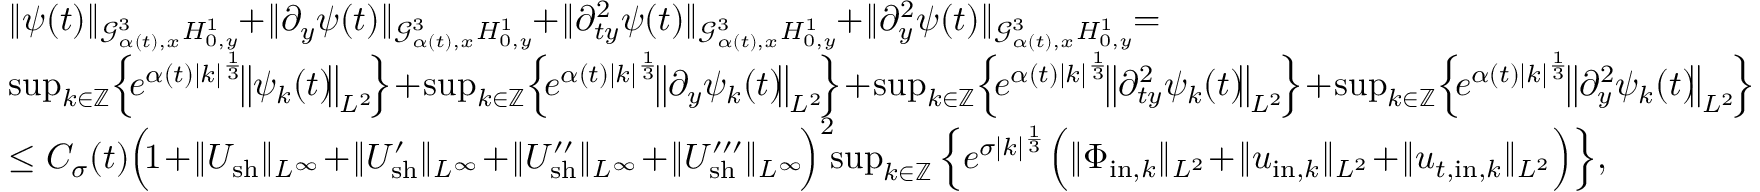
\begin{array} { r l } & { \| \psi ( t ) \| _ { \mathcal { G } _ { \alpha ( t ) , x } ^ { 3 } H _ { 0 , y } ^ { 1 } } \! \! + \! \| \partial _ { y } \psi ( t ) \| _ { \mathcal { G } _ { \alpha ( t ) , x } ^ { 3 } H _ { 0 , y } ^ { 1 } } \! \! + \! \| \partial _ { t y } ^ { 2 } \psi ( t ) \| _ { \mathcal { G } _ { \alpha ( t ) , x } ^ { 3 } H _ { 0 , y } ^ { 1 } } \! \! + \! \| \partial _ { y } ^ { 2 } \psi ( t ) \| _ { \mathcal { G } _ { \alpha ( t ) , x } ^ { 3 } H _ { 0 , y } ^ { 1 } } \! \! = } \\ & { \operatorname* { s u p } _ { k \in \mathbb Z } \! \Big \{ \! e ^ { \alpha ( t ) | k | ^ { \frac { 1 } { 3 } } } \! \big \| \psi _ { k } ( t ) \! \big \| _ { L ^ { 2 } } \! \Big \} \! + \! \operatorname* { s u p } _ { k \in \mathbb Z } \! \Big \{ \! e ^ { \alpha ( t ) | k | ^ { \frac { 1 } { 3 } } } \! \big \| \partial _ { y } \psi _ { k } ( t ) \! \big \| _ { L ^ { 2 } } \! \Big \} \! + \! \operatorname* { s u p } _ { k \in \mathbb Z } \! \Big \{ \! e ^ { \alpha ( t ) | k | ^ { \frac { 1 } { 3 } } } \! \big \| \partial _ { t y } ^ { 2 } \psi _ { k } ( t ) \! \big \| _ { L ^ { 2 } } \! \Big \} \! + \! \operatorname* { s u p } _ { k \in \mathbb Z } \! \Big \{ \! e ^ { \alpha ( t ) | k | ^ { \frac { 1 } { 3 } } } \! \big \| \partial _ { y } ^ { 2 } \psi _ { k } ( t ) \! \big \| _ { L ^ { 2 } } \! \Big \} } \\ & { \leq C _ { \sigma } ( t ) \Big ( \! 1 \! + \! \| U _ { \mathrm { s h } } \| _ { L ^ { \infty } } \! + \! \| U _ { \mathrm { s h } } ^ { \prime } \| _ { L ^ { \infty } } \! + \! \| U _ { \mathrm { s h } } ^ { \prime \prime } \| _ { L ^ { \infty } } \! + \! \| U _ { \mathrm { s h } } ^ { \prime \prime \prime } \| _ { L ^ { \infty } } \! \Big ) ^ { 2 } \! \! \operatorname* { s u p } _ { k \in \mathbb Z } \Big \{ e ^ { \sigma | k | ^ { \frac { 1 } { 3 } } } \Big ( \| \Phi _ { \mathrm { i n } , k } \| _ { L ^ { 2 } } \! + \! \| u _ { \mathrm { i n } , k } \| _ { L ^ { 2 } } \! + \! \| u _ { t , \mathrm { i n } , k } \| _ { L ^ { 2 } } \Big ) \Big \} , } \end{array}